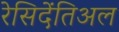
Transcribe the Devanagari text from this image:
रेसिदेंतिअल